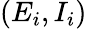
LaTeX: (E_{i},I_{i})